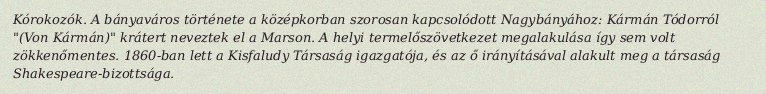
Kórokozók. A bányaváros története a középkorban szorosan kapcsolódott Nagybányához: Kármán Tódorról "(Von Kármán)" krátert neveztek el a Marson. A helyi termelőszövetkezet megalakulása így sem volt zökkenőmentes. 1860-ban lett a Kisfaludy Társaság igazgatója, és az ő irányításával alakult meg a társaság Shakespeare-bizottsága.